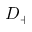
D _ { + }